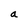
Character: a